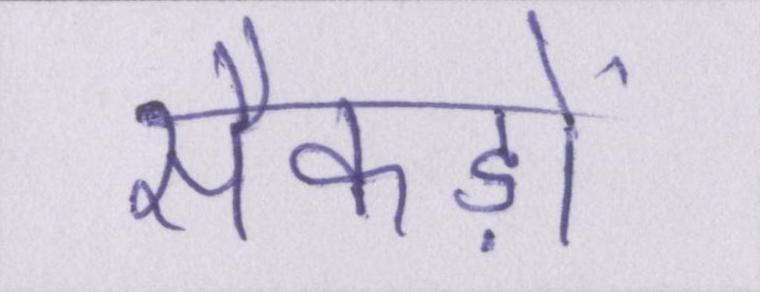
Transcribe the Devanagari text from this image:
सैकड़ों